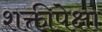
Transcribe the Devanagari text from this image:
शक्तीपेक्षा